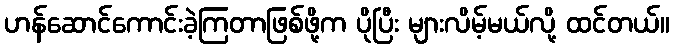
ဟန်ဆောင်ကောင်းခဲ့ကြတာဖြစ်ဖို့က ပိုပြီး များလိမ့်မယ်လို့ ထင်တယ်။